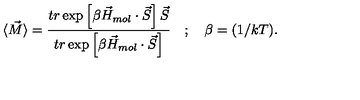
\langle \vec { M } \rangle = \frac { t r \exp \left[ \beta \vec { H } _ { m o l } \cdot \vec { S } \right] \vec { S } } { t r \exp \left[ \beta \vec { H } _ { m o l } \cdot \vec { S } \right] } \quad ; \quad \beta = ( 1 / k T ) .